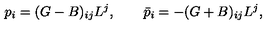
p _ { i } = ( G - B ) _ { i j } L ^ { j } , \qquad \bar { p } _ { i } = - ( G + B ) _ { i j } L ^ { j } ,